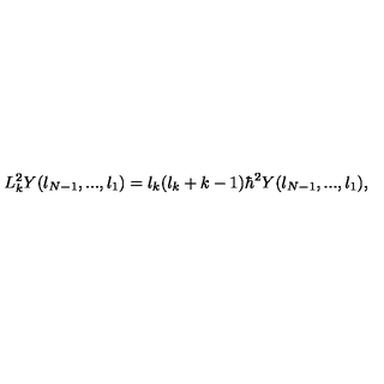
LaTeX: L _ { k } ^ { 2 } Y ( l _ { N - 1 } , . . . , l _ { 1 } ) = l _ { k } ( l _ { k } + k - 1 ) \hbar ^ { 2 } Y ( l _ { N - 1 } , . . . , l _ { 1 } ) ,